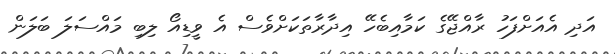
އަދި އެއަށްފަހު ރާއްޖޭގެ ކަމާއިބެހޭ އިދާރާތަކަށްވެސް އެ ވީޑިއޯ ލިބި މައްސަލަ ބަލަން